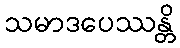
သမာဒပေဿန္တိ